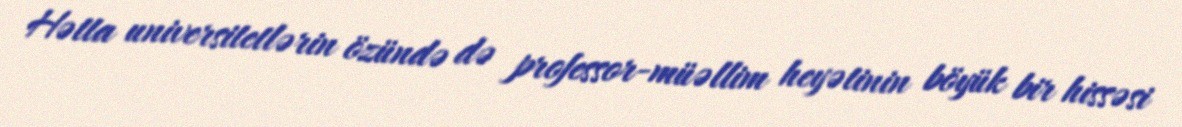
Hətta universitetlərin özündə də professor-müəllim heyətinin böyük bir hissəsi